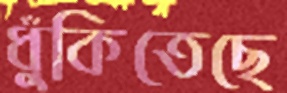
ধুঁকিতেছে